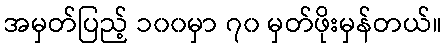
အမှတ်ပြည့် ၁၀၀မှာ ၇၀ မှတ်ဖိုးမှန်တယ်။